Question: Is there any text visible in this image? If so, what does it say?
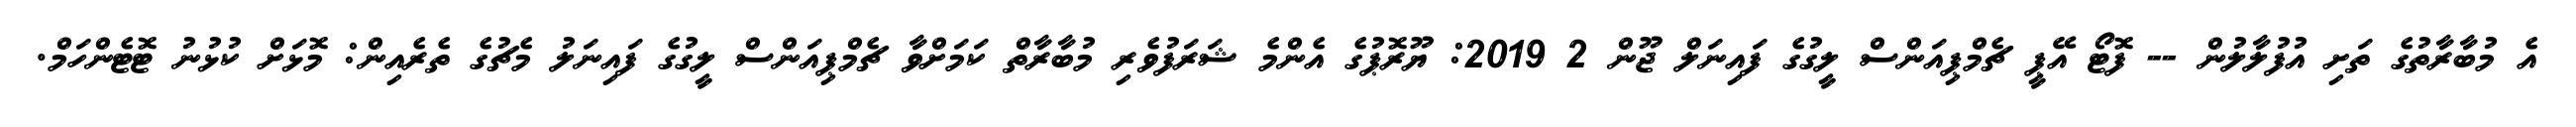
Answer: އެ މުބާރާތުގެ ތަށި އުފުލާލުން -- ފޮޓޯ އޭޕީ ޗެމްޕިއަންސް ލީގުގެ ފައިނަލް ޖޫން 2 2019: ޔޫރޮޕުގެ އެންމެ ޝަރަފުވެރި މުބާރާތް ކަމަށްވާ ޗެމްޕިއަންސް ލީގުގެ ފައިނަލު މެޗުގެ ތެރެއިން: މޮޅަށް ކުޅުނު ޓޮޓެންހަމް.